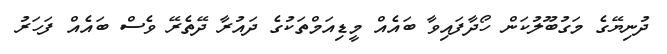
ދުނިޔޭގެ މަގުބޫލުކަން ހޯދާފައިވާ ބައެއް މީޑިއަމްތަކުގެ ދައުރާ ދޭތެރޭ ވެސް ބައެއް ފަހަރު